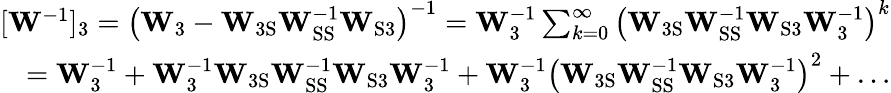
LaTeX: \begin{array}{r}{[\mathbf{W}^{-1}]_{3}=\left(\mathbf{W}_{3}-\mathbf{W}_{\mathrm{3S}}\mathbf{W}_{\mathrm{SS}}^{-1}\mathbf{W}_{\mathrm{S3}}\right)^{-1}=\mathbf{W}_{3}^{-1}\sum_{k=0}^{\infty}\left(\mathbf{W}_{\mathrm{3S}}\mathbf{W}_{\mathrm{SS}}^{-1}\mathbf{W}_{\mathrm{S3}}\mathbf{W}_{3}^{-1}\right)^{k}}\\ {=\mathbf{W}_{3}^{-1}+\mathbf{W}_{3}^{-1}\mathbf{W}_{\mathrm{3S}}\mathbf{W}_{\mathrm{SS}}^{-1}\mathbf{W}_{\mathrm{S3}}\mathbf{W}_{3}^{-1}+\mathbf{W}_{3}^{-1}\left(\mathbf{W}_{\mathrm{3S}}\mathbf{W}_{\mathrm{SS}}^{-1}\mathbf{W}_{\mathrm{S3}}\mathbf{W}_{3}^{-1}\right)^{2}+\dots}\end{array}